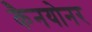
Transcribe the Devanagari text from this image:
कैनयोनर